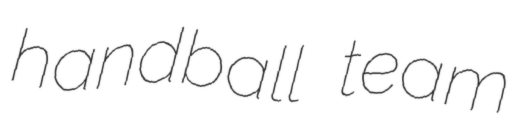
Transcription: handball team